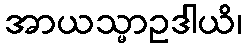
အာယသ္မာဥဒါယိ၊